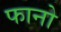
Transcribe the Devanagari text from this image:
फानो